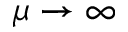
\mu \to \infty